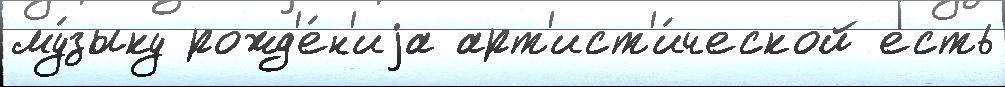
му́зыку рожд'е́н'иjа арт'ист'и́ческой есть